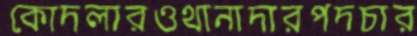
কোদলারওথানাদারপদচার